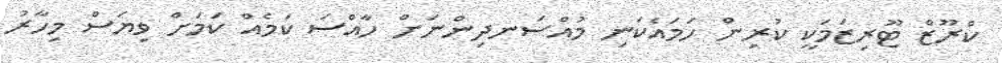
ކްރޫޒް ޓޫރިޒަމަކީ ކުރިން ހަމައެކަނި މުއްސަނދިންނަށް ހާއްސަ ކަމެއް ކަމަށް ވިޔަސް މިހާރު